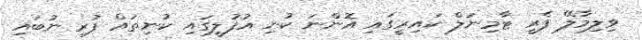
ވިލިމާލޭ ފެރީ ޓާމިނަލް ކައިރީގައި އޮންނަ ކުނި އުފުލީގައި ކުނިތައް ފުރި ނުބައި